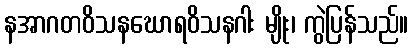
နအာဂတဝိသနဃောရဝိသနဂါး မျိုး၊ ကွဲပြန်သည်။